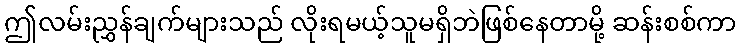
ဤလမ်းညွှန်ချက်များသည် လိုးရမယ့်သူမရှိဘဲဖြစ်နေတာမို့ ဆန်းစစ်ကာ